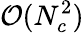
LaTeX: \mathcal{O}(N_{c}^{2})